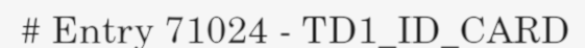
# Entry 71024 - TD1_ID_CARD